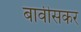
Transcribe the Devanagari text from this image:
बावीसकर